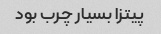
پیتزا بسیار چرب بود